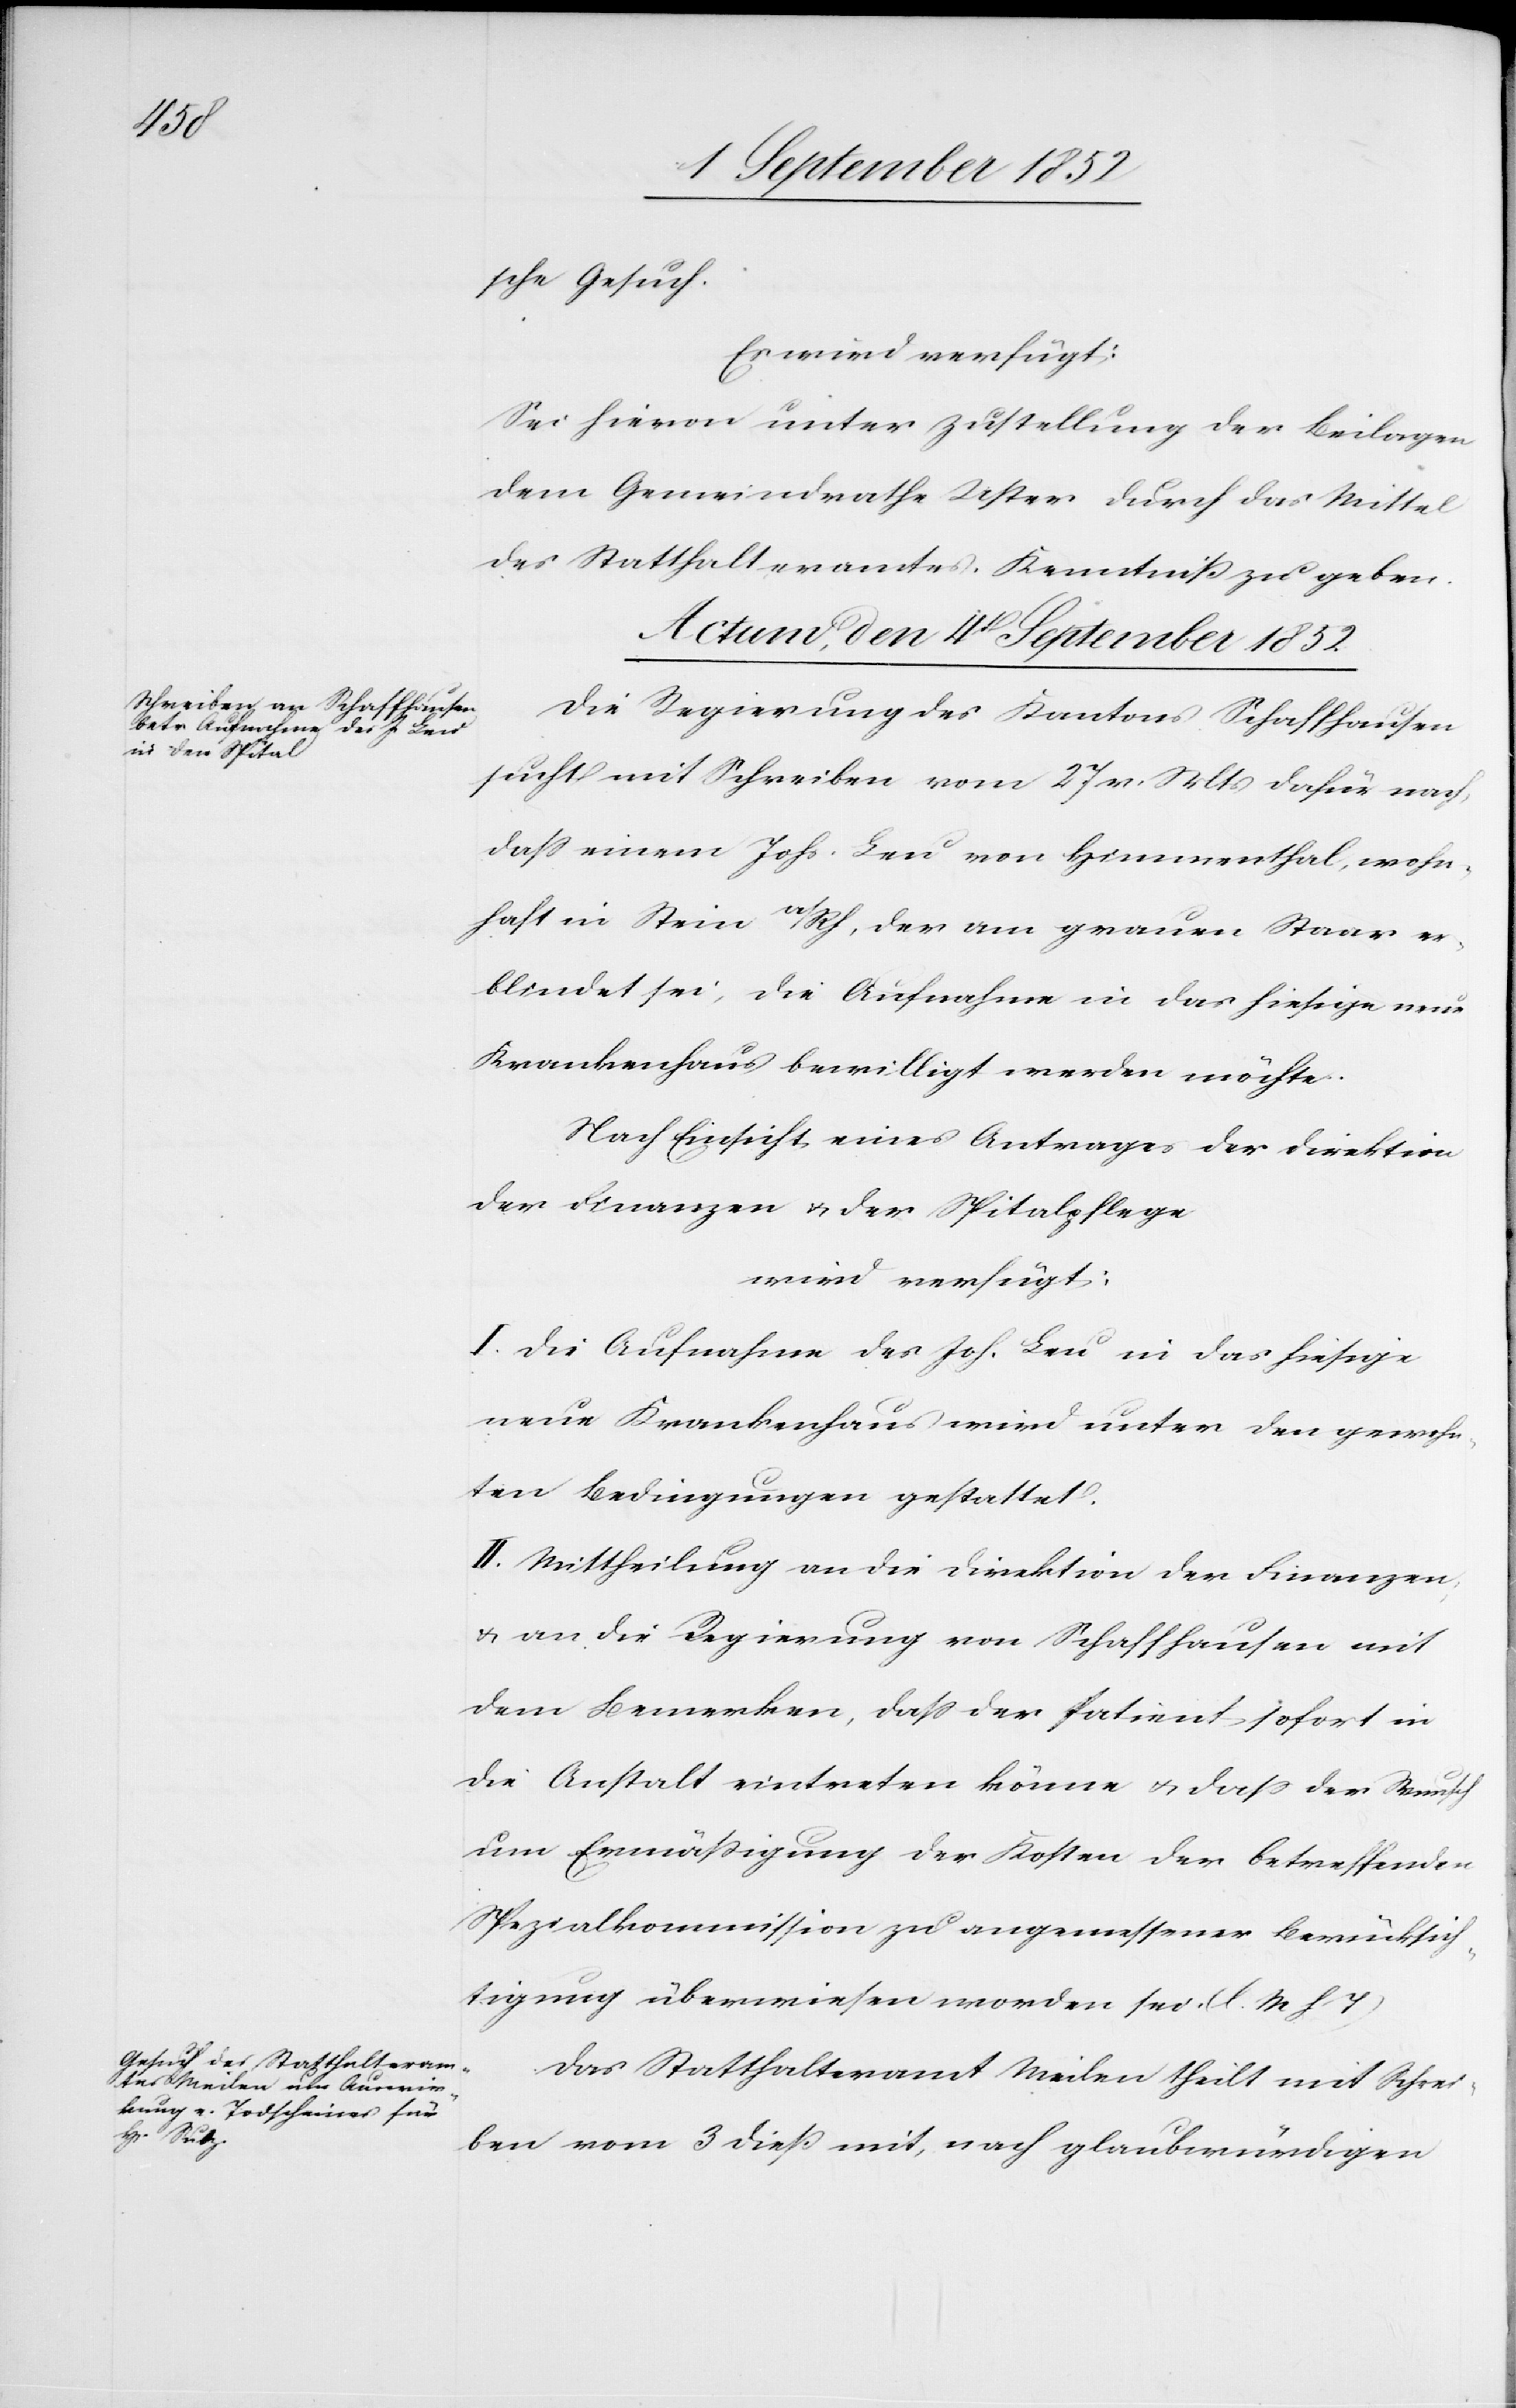
sche Gesuch.
Es wird verfügt:
Sei hievon unter Zustellung der Beilagen
dem Gemeindrathe Uster durch das Mittel
des Statthalteramtes Kenntniß zu geben.
Actum, den 4t September 1852]
Die Regierung des Kantons Schaffhausen
sucht mit Schreiben vom 27 v. Mts dafür nach,
dass einem Johs. Leu von Himmenthal, wohn¬
haft in Stein a/Rh, der am grauen Staar er¬
blindet sei, die Aufnahme in das hiesige neue
Krankenhaus bewilligt werden möchte.
Nach Einsicht eines Antrages der Direktion
der Finanzen & der Spitalpflege
wird verfügt:
I. Die Aufnahme des Joh. Leu in das hiesige
neue Krankenhaus wird unter den gewohn¬
ten Bedingungen gestattet.
II. Mittheilung an die Direktion der Finanzen,
& an die Regierung von Schaffhausen mit
dem Bemerken, dass der Patient sofort in
die Anstalt eintreten könne & dass der Wunsch
um Ermäßigung der Kosten der betreffenden
Spezialkommission zu angemessener Berücksich¬
tigung überwiesen worden sei. (l. M h T)
Das Statthalteramt Meilen theilt mit Schrei¬
ben vom 3 dieß mit, nach glaubwürdigen